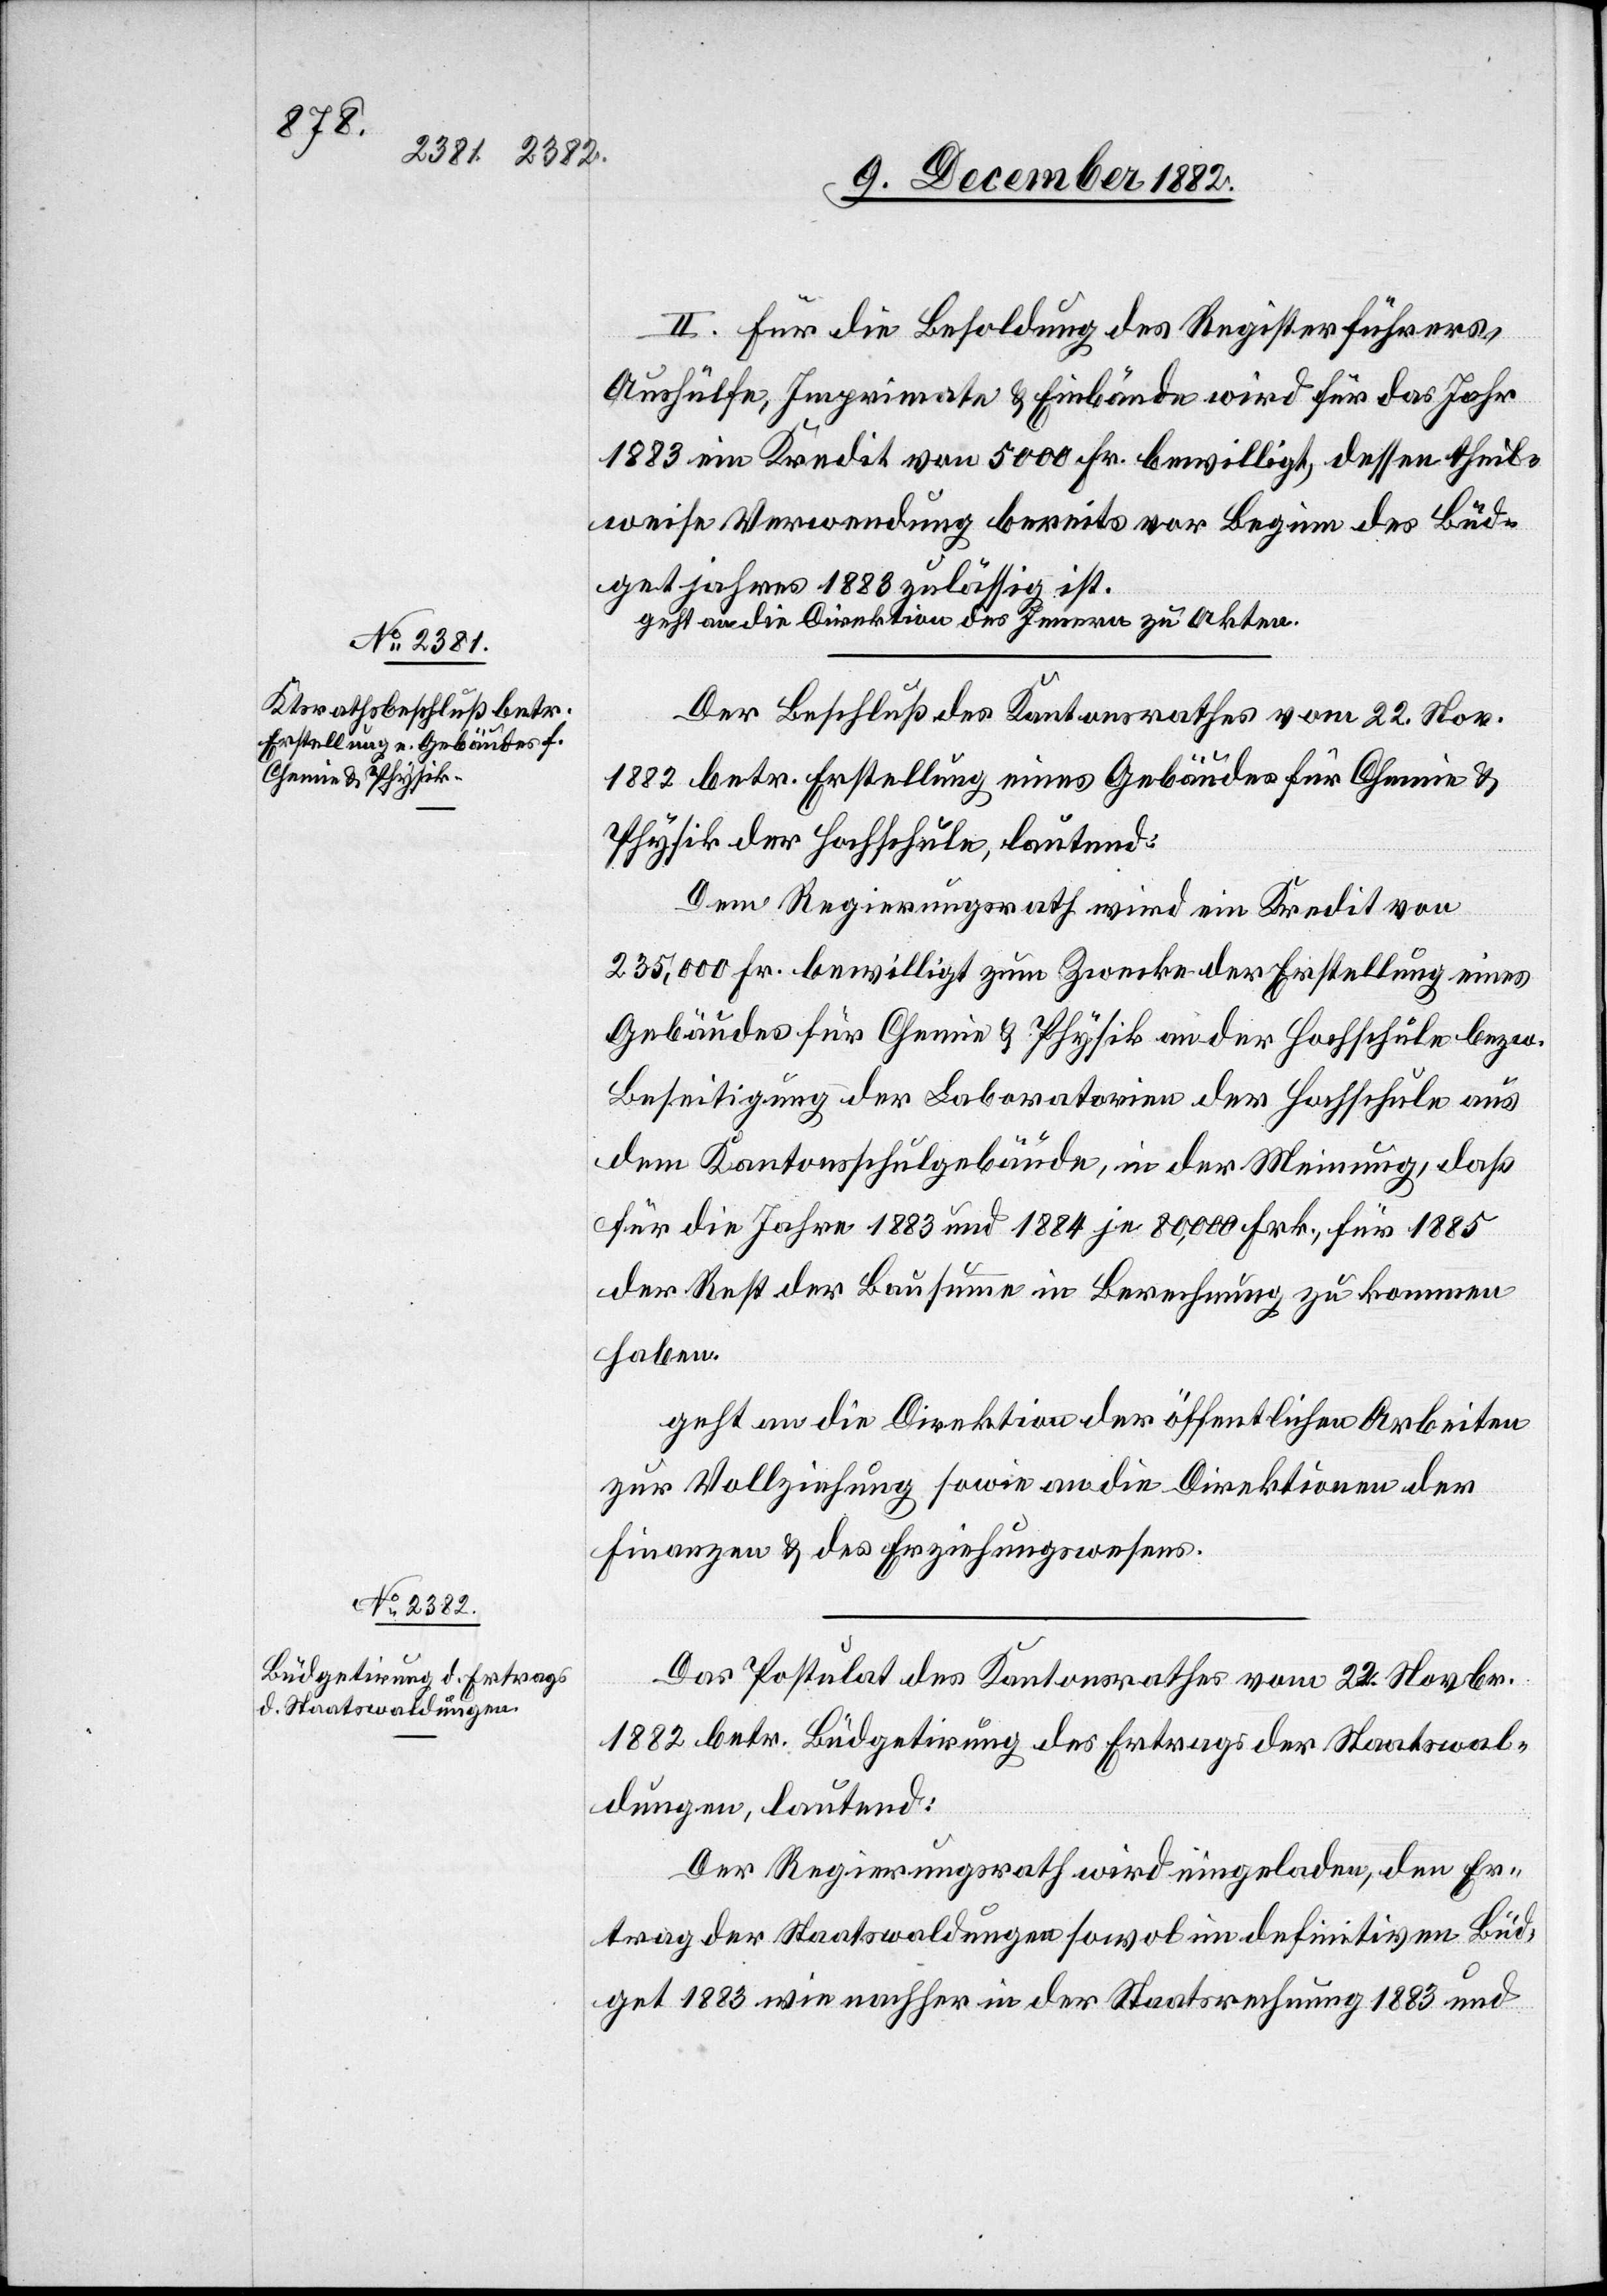
II. Für die Besoldung des Registerführers,
Aushülfe, Imprimate & Einbände wird für das Jahr
1883 ein Kredit von 5000 Fr. bewilligt, dessen theil¬
weise Verwendung bereits vor Beginn des Büd¬
getjahres 1883 zulässig ist.
geht an die Direktion des Innern zu Akten.
Der Beschluß des Kantonsrathes vom 22. Nov.
1882 betr. Erstellung eines Gebäudes für Chemie &
Physik der Hochschule, lautend:
Dem Regierungsrath wird ein Kredit von
235,000 Fr. bewilligt zum Zwecke der Erstellung eines
Gebäudes für Chemie & Physik an der Hochschule bezw.
Beseitigung der Laboratorien der Hochschule aus
dem Kantonsschulgebäude, in der Meinung, daß
für die Jahre 1883 und 1884 je 80,000 Frk., für 1885
der Rest der Bausumme in Berechnung zu kommen
haben.
geht an die Direktionen der öffentlichen Arbeiten
zur Vollziehung sowie an die Direktion der
Finanzen & des Erziehungswesens.
Das Postulat des Kantonsrathes vom 22. Novbr.
1882 betr. Büdgetirung des Ertrags der Staatswal¬
dungen, lautend:
Der Regierungsrath wird eingeladen, den Er¬
trag der Staatswaldungen sowol im definitiven Büd¬
get 1883 wie nachher in der Staatsrechnung 1883 und